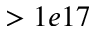
> 1 e 1 7